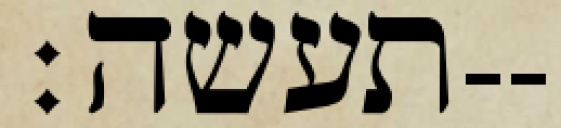
תעשה׃--